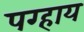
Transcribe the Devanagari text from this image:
पग्हाय